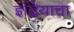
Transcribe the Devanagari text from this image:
इंद्रियाचा